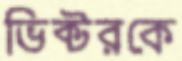
ভিক্টরকে